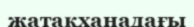
жатақханадағы